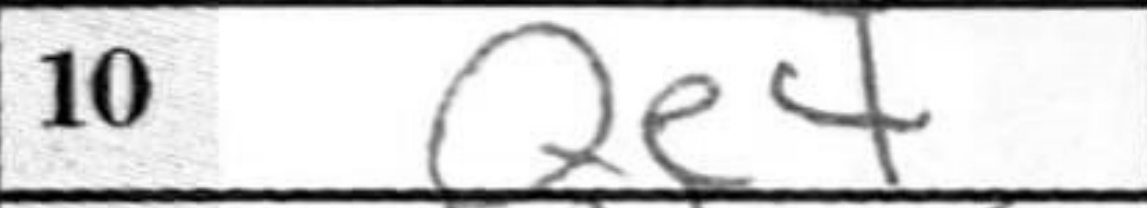
Transcription: Qe4